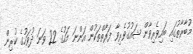
މުބާރާތުގައި ބައިވެރިވާން ޝައުގުވެރިވާ ފަރާތްތަކުން އަންނަ މަހުގެ 22 ވަނަ ދުވަހުގެ ކުރިން